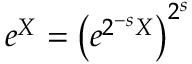
\begin{array} { r } { e ^ { X } = \left( e ^ { { 2 ^ { - s } X } } \right) ^ { 2 ^ { s } } } \end{array}